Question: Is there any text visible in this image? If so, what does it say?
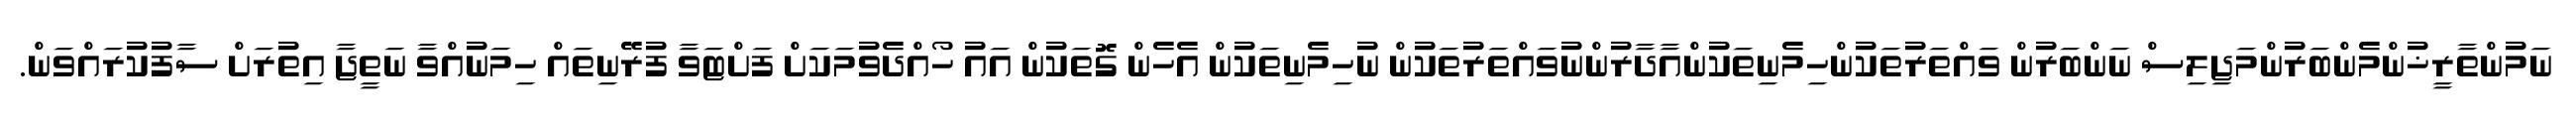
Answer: ނަމުންތާރީޚުންމެންބަރުންމަޖިލިސް ނަންބަރުން ވައްތަރުތަކުންހިމެނިތަކުންއާދާރުންނުވައްތަރުތަކުން ނުހިމެނިތަކުން އެހެން ގޮތަކުން އައު ހޯއްދެވުމަކަށް ފަށްޓަވާ ފުރޭނިތައް ހިމަނުއްވާ ނަތީޖާ އިތުރަށް ސާފުކުރައްވަން.